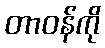
တာဝန်ကို